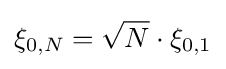
\xi _{0,N}={\sqrt {N}}\cdot \xi _{0,1}